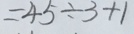
= 4 5 \div 3 + 1